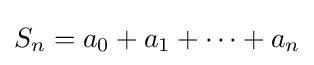
S_{n}=a_{0}+a_{1}+\cdots +a_{n}